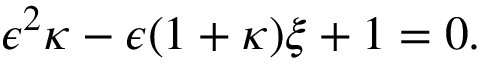
\epsilon ^ { 2 } \kappa - \epsilon ( 1 + \kappa ) \xi + 1 = 0 .